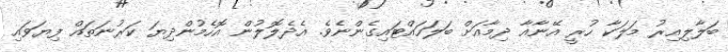
ބަލާލިއިރު މަލަކާ ހުރީ އޭނާއާ ދިމާއަށް ބަލަހައްޓައިގެންނެވެ. އެދެލޮލުން އޮހެމުންދިޔަ ކަރުނަތައް ފިޔަވައި